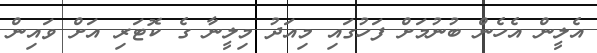
އެލީން އެހެން ބުނުމަށް ފަހުގައި މިއަދު މިލީނާ ގެ ކޮޓަރި އަށް ވައިން